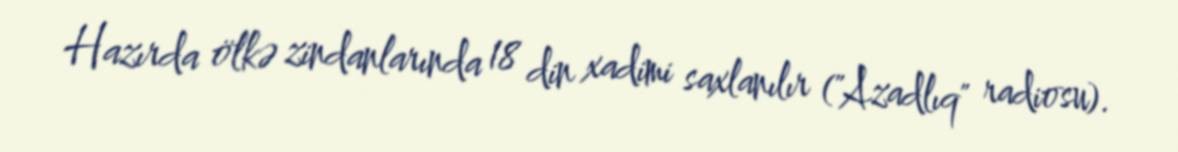
Hazırda ölkə zindanlarında 18 din xadimi saxlanılır ("Azadlıq" radiosu).